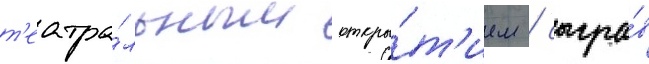
т'еатра́льным откры́т'ием / сыгра́в